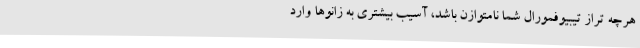
هرچه تراز تیبیوفمورال شما نامتوازن باشد، آسیب بیشتری به زانوها وارد